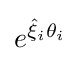
{\textstyle e^{{\hat {\xi }}_{i}\theta _{i}}}